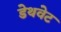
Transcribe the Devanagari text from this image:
डेथवेट